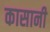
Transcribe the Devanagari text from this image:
कासानी